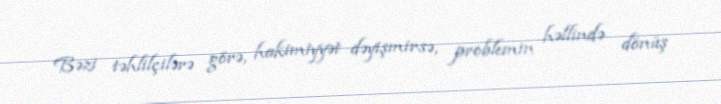
Bəzi təhlilçilərə görə, hakimiyyət dəyişmirsə, problemin həllində dönüş